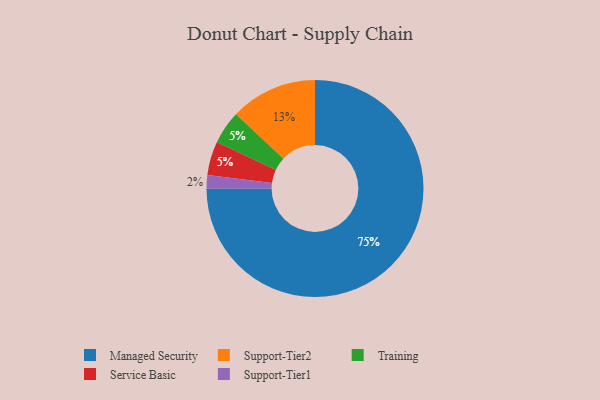
{"axis": {"x": "Category", "y": "Percentage"}, "legend": ["Managed Security", "Service Basic", "Support-Tier1", "Support-Tier2", "Training"], "data": [{"x": "Training", "y": 5, "type": "Training"}, {"x": "Managed Security", "y": 75, "type": "Managed Security"}, {"x": "Support-Tier2", "y": 13, "type": "Support-Tier2"}, {"x": "Support-Tier1", "y": 2, "type": "Support-Tier1"}, {"x": "Service Basic", "y": 5, "type": "Service Basic"}]}